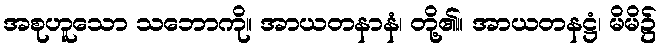
အစုဟူသော သဘောကို။ အာယတနာနံ၊ တို့၏။ အာယတနဋ္ဌံ၊ မိမိ၌